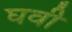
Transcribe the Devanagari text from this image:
घवी